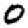
Digit: 0